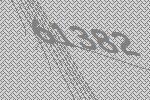
61382